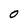
Character: 0